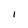
Character: I